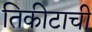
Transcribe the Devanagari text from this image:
तिकीटाची